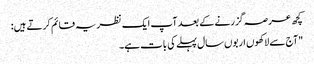
کچھ عرصہ گزرنے کے بعد آپ ایک نظریہ قائم کرتے ہیں:
"آج سے لاکھوں اربوں سال پہلے کی بات ہے۔